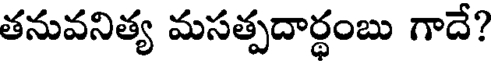
తనువనిత్య మసత్పదార్థంబు గాదే?